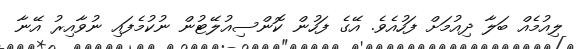
ލިއުމެއް ބަލާ ދިއުމަށް ފަހުއެވެ. އޭގެ ފަހުން ކޮންސިއުލޭޓުން ނުކުމެފައި ނުވާއިރު އޭނާ